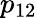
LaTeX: p_{12}